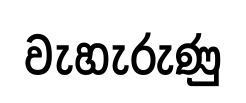
වැහැරුණු